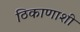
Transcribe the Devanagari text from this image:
ठिकाणाशी